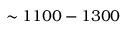
\sim 1 1 0 0 - 1 3 0 0